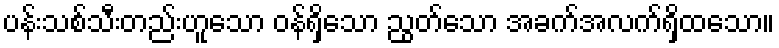
ပန်းသစ်သီးတည်းဟူသော ဝန်ရှိသော ညွတ်သော အခက်အလက်ရှိထသော။